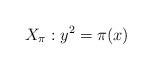
LaTeX: \begin{align*} X_{\pi} : y^2 = \pi (x)\end{align*}